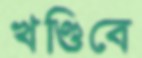
খণ্ডিবে